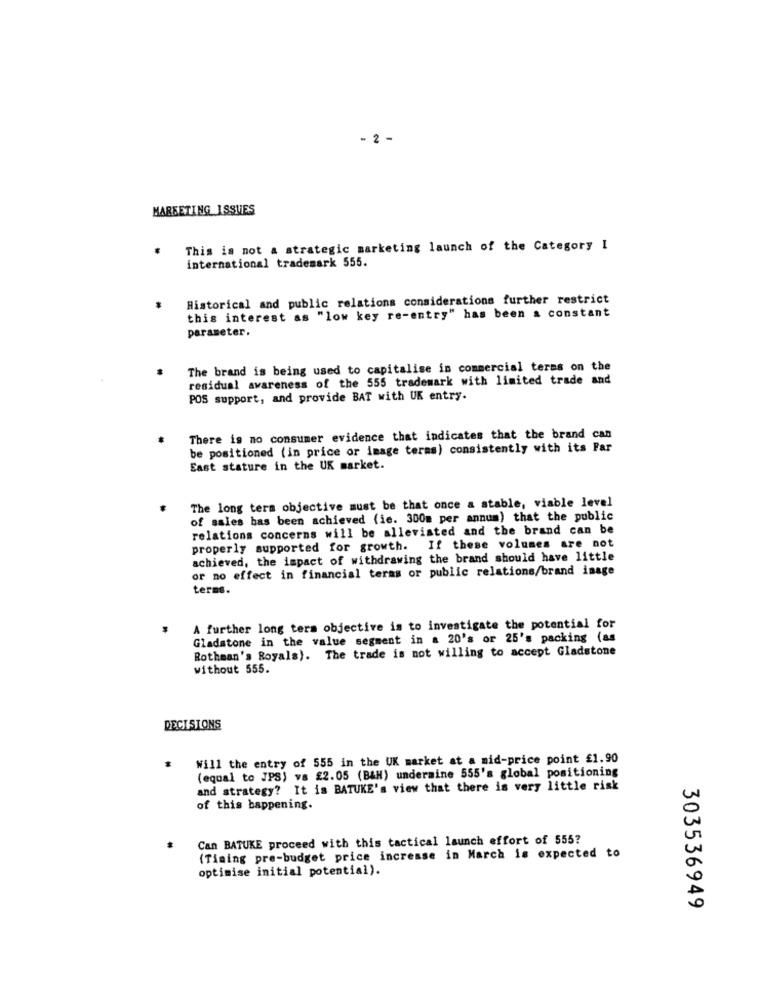
- 2 -
MARKETING ISSUES
This is not a strategic marketing launch of the Category I
international trademark 555.
Historical and public relations considerations further restrict
this interest as "low key re-entry" has been a constant
parameter.
The brand is being used to capitalise in commercial terms on the
residual awareness of the 555 trademark with limited trade and
POS support, and provide BAT with UK entry.
There is no consumer evidence that indicates that the brand can
be positioned (in price or image terms) consistently with its Par
East stature in the UK market.
The long term objective must be that once a stable, viable level
of sales bas been achieved (ie. 300m per annum) that the public
relations concerns will be allevisted and the brand can be
properly supported for growth. If these volumes are not
achieved, the impact of withdrawing the brand should have little
or no effect in financial teras or public relations/brand image
terms.
A further long term objective is to investigate the potential for
Gladstone in the value segment in a 20's or 25's packing (as
Rothman's Royals). The trade is not willing to accept Gladstone
without 555.
DECISIONS
Will the entry of 555 in the UK market at a mid-price point £1.90
(equal to JPS) vs £2.05 (BAH) undermine 555's global positioning
and strategy? It is BATUKE's view that there is very little risk
of this bappening.
Can BATUKE proceed with this tactical launch effort of 555?
(Timing pre-budget price increase in March is expected to
optimise initial potential).
303536949